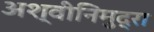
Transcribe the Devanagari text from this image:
अश्वीनिमुद्रा